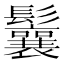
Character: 鬤